Report on vaccination in Madras 1895-1903 - 1895-1903
Year: 1895
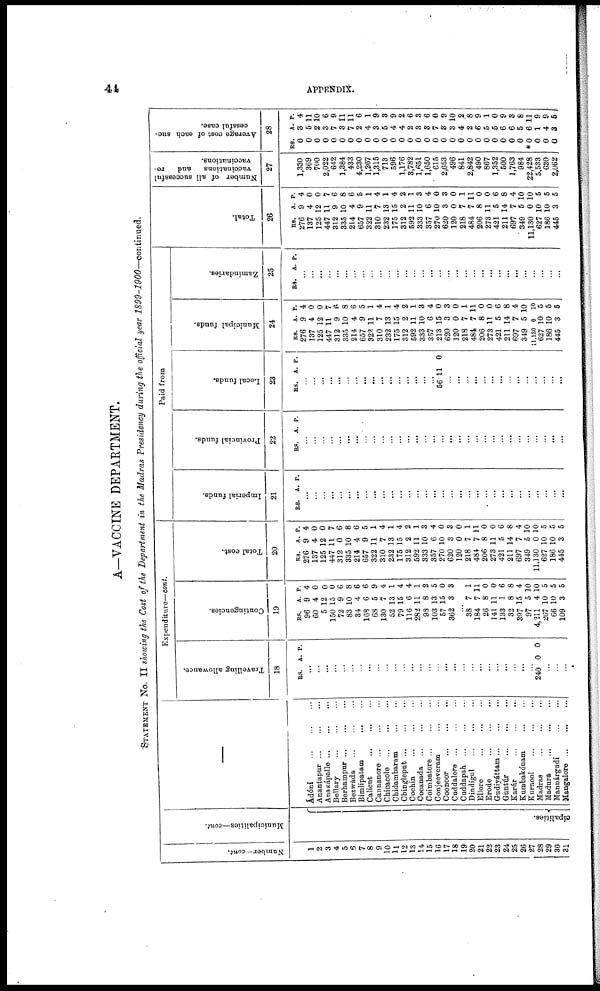
44
APPENDIX.
A—VACCINE DEPARTMENT.
STATEMENT No. II showing the Cost of the Department in the Madras Presidency during the official year 1899-1900—continued.
Number—cont.
1
2
3
4
5
6
7
8
9
10
11
12
13
14
15
16
17
18
19
20
21
22
23
24
25
26
27
28
29
30
31
Municipalities—cont.
cipalities.
Ádó5ni
...
...
...
Anantapur
...
...
...
Anakápalle ... ... ...
Bellary ... ... ...
Berhampur
...
...
...
Bezwáda
...
...
...
Bimlipatam
...
...
Calicut
...
...
...
Cannanore
...
...
...
Chicacole
...
...
...
Chidambaram
...
...
Chingleput
...
...
...
Cochin
...
...
...
Cocanada
...
...
...
Coimbatore ... ... ...
Conjeeveram
...
...
Coonoor
...
...
...
Cuddalore
...
...
...
Caddapah
...
...
...
Dindigul
...
...
...
Ellore
...
...
...
Erode
...
...
...
Gudiyáttam ... ... ...
Guntúr
...
...
...
Karúr
...
...
...
Kumbakónam
...
...
Kurnool
...
...
...
Madras
...
...
...
Madura
...
...
...
Manuárgudi
...
...
Mangalore
...
...
...
Expenditure—cont.
Travelling allowance.
18
RS. A. P.
...
...
...
...
...
...
...
...
...
...
...
...
...
...
...
...
...
...
...
...
...
...
...
...
...
...
...
240 0 0
...
...
...
Contingencies.
19
R.S.
96
60
5
150
72
83
34
168
68
130
52
79
116
282
98
103
57
362
A.
9
4
12
15
9
10
4
6
5
7
13
15
6
11
8
13
15
3
P.
4
0
0
0
6
8
6
6
9
4
1
4
4
1
2
5
0
3
...
38
184
26
141
133
32
397
97
4,211
267
66
109
7
7
8
11
1
8
15
5
4
10
10
3
1
11
0
0
6
8
4
10
10
5
5
5
Total cost.
20
RS.
276
137
125
447
312
335
214
657
322
310
232
175
312
592
333
357
270
620
120
218
481
206
273
421
211
697
349
11,130
627
186
445
A.
9
4
12
11
0
10
4
9
11
7
13
15
2
11
10
6
10
3
0
7
7
8
11
5
14
7
5
0
10
10
3
P.
4
0
0
7
6
8
6
5
1
4
1
4
2
1
3
4
0
3
0
1
11
0
0
6
8
4
10
10
5
5
5
Paid from
Imperial funds.
21
RS. A. P.
...
...
...
...
...
...
...
...
...
...
...
...
...
...
...
...
...
...
...
...
...
...
...
...
...
...
...
...
...
...
...
Provincial funds.
22
RS. A. P.
...
...
...
...
...
...
...
...
...
...
...
...
...
...
...
...
...
...
...
...
...
...
...
...
...
...
...
...
...
...
...
Local funds.
23
RS. A. P.
...
...
...
...
...
...
...
...
...
...
...
...
...
...
...
...
56 11 0
...
...
...
...
...
...
...
...
...
...
...
...
...
...
Municipal funds.
24
RS.
276
137
125
447
312
335
214
657
322
310
232
175
312
592
333
357
213
620
120
218
484
206
273
421
211
697
349
11,130
627
186
445
A.
9
4
12
11
9
10
4
9
11
7
13
15
2
11
10
6
15
3
0
7
7
8
11
5
14
7
5
0
10
10
3
P.
4
0
0
7
6
8
6
5
1
4
1
4
2
1
3
4
0
3
0
1
11
0
0
6
8
4
10
10
5
5
5
Zamindaries.
25
RS. A. P.
...
...
...
...
...
...
...
...
...
...
...
...
...
...
...
...
...
...
...
...
...
...
...
...
...
...
...
...
...
...
...
Tot al .
26
RS.
276
137
125
447
312
335
214
657
322
310
232
175
312
592
333
357
270
620
120
218
484
206
273
421
211
697
349
11,130
627
186
445
A.
9
4
12
11
9
10
4
9
11
7
13
15
2
11
10
6
10
3
0
7
7
8
11
5
14
7
5
0
10
10
3
P.
4
0
0
7
6
8
6
5
1
4
1
4
2
1
3
4
0
3
0
1
11
0
0
6
8
4
10
10
5
5
5
Number of all successful
vaccinations
and re¬
vaccinations.
27
1,330
369
700
2,022
642
1,384
433
4,230
1,267
1,315
713
596
1,176
3,782
1,651
1,650
615
2,653
496
841
2,842
490
867
1,352
500
1,763
984
22,428
5,533
630
2,062
Average cost of each suc-
cessful case.
28
RS.
0
0
0
0
0
0
0
0
0
0
0
0
0
0
0
0
0
0
0
0
0
0
0
0
0
0
0
*0
0
0
0
A
3 5
2
3
7
3
7
2
4
3
5
4
4
2
3
3
7
3
3
4
2
6
5
5
6
6
5
6
1
4
3
P.
4
11
10
6
9
11
11
6
1
9
3
9
2
6
3
6
0
9
10
2
8
9
1
0
9
3
8
11
9
9
5